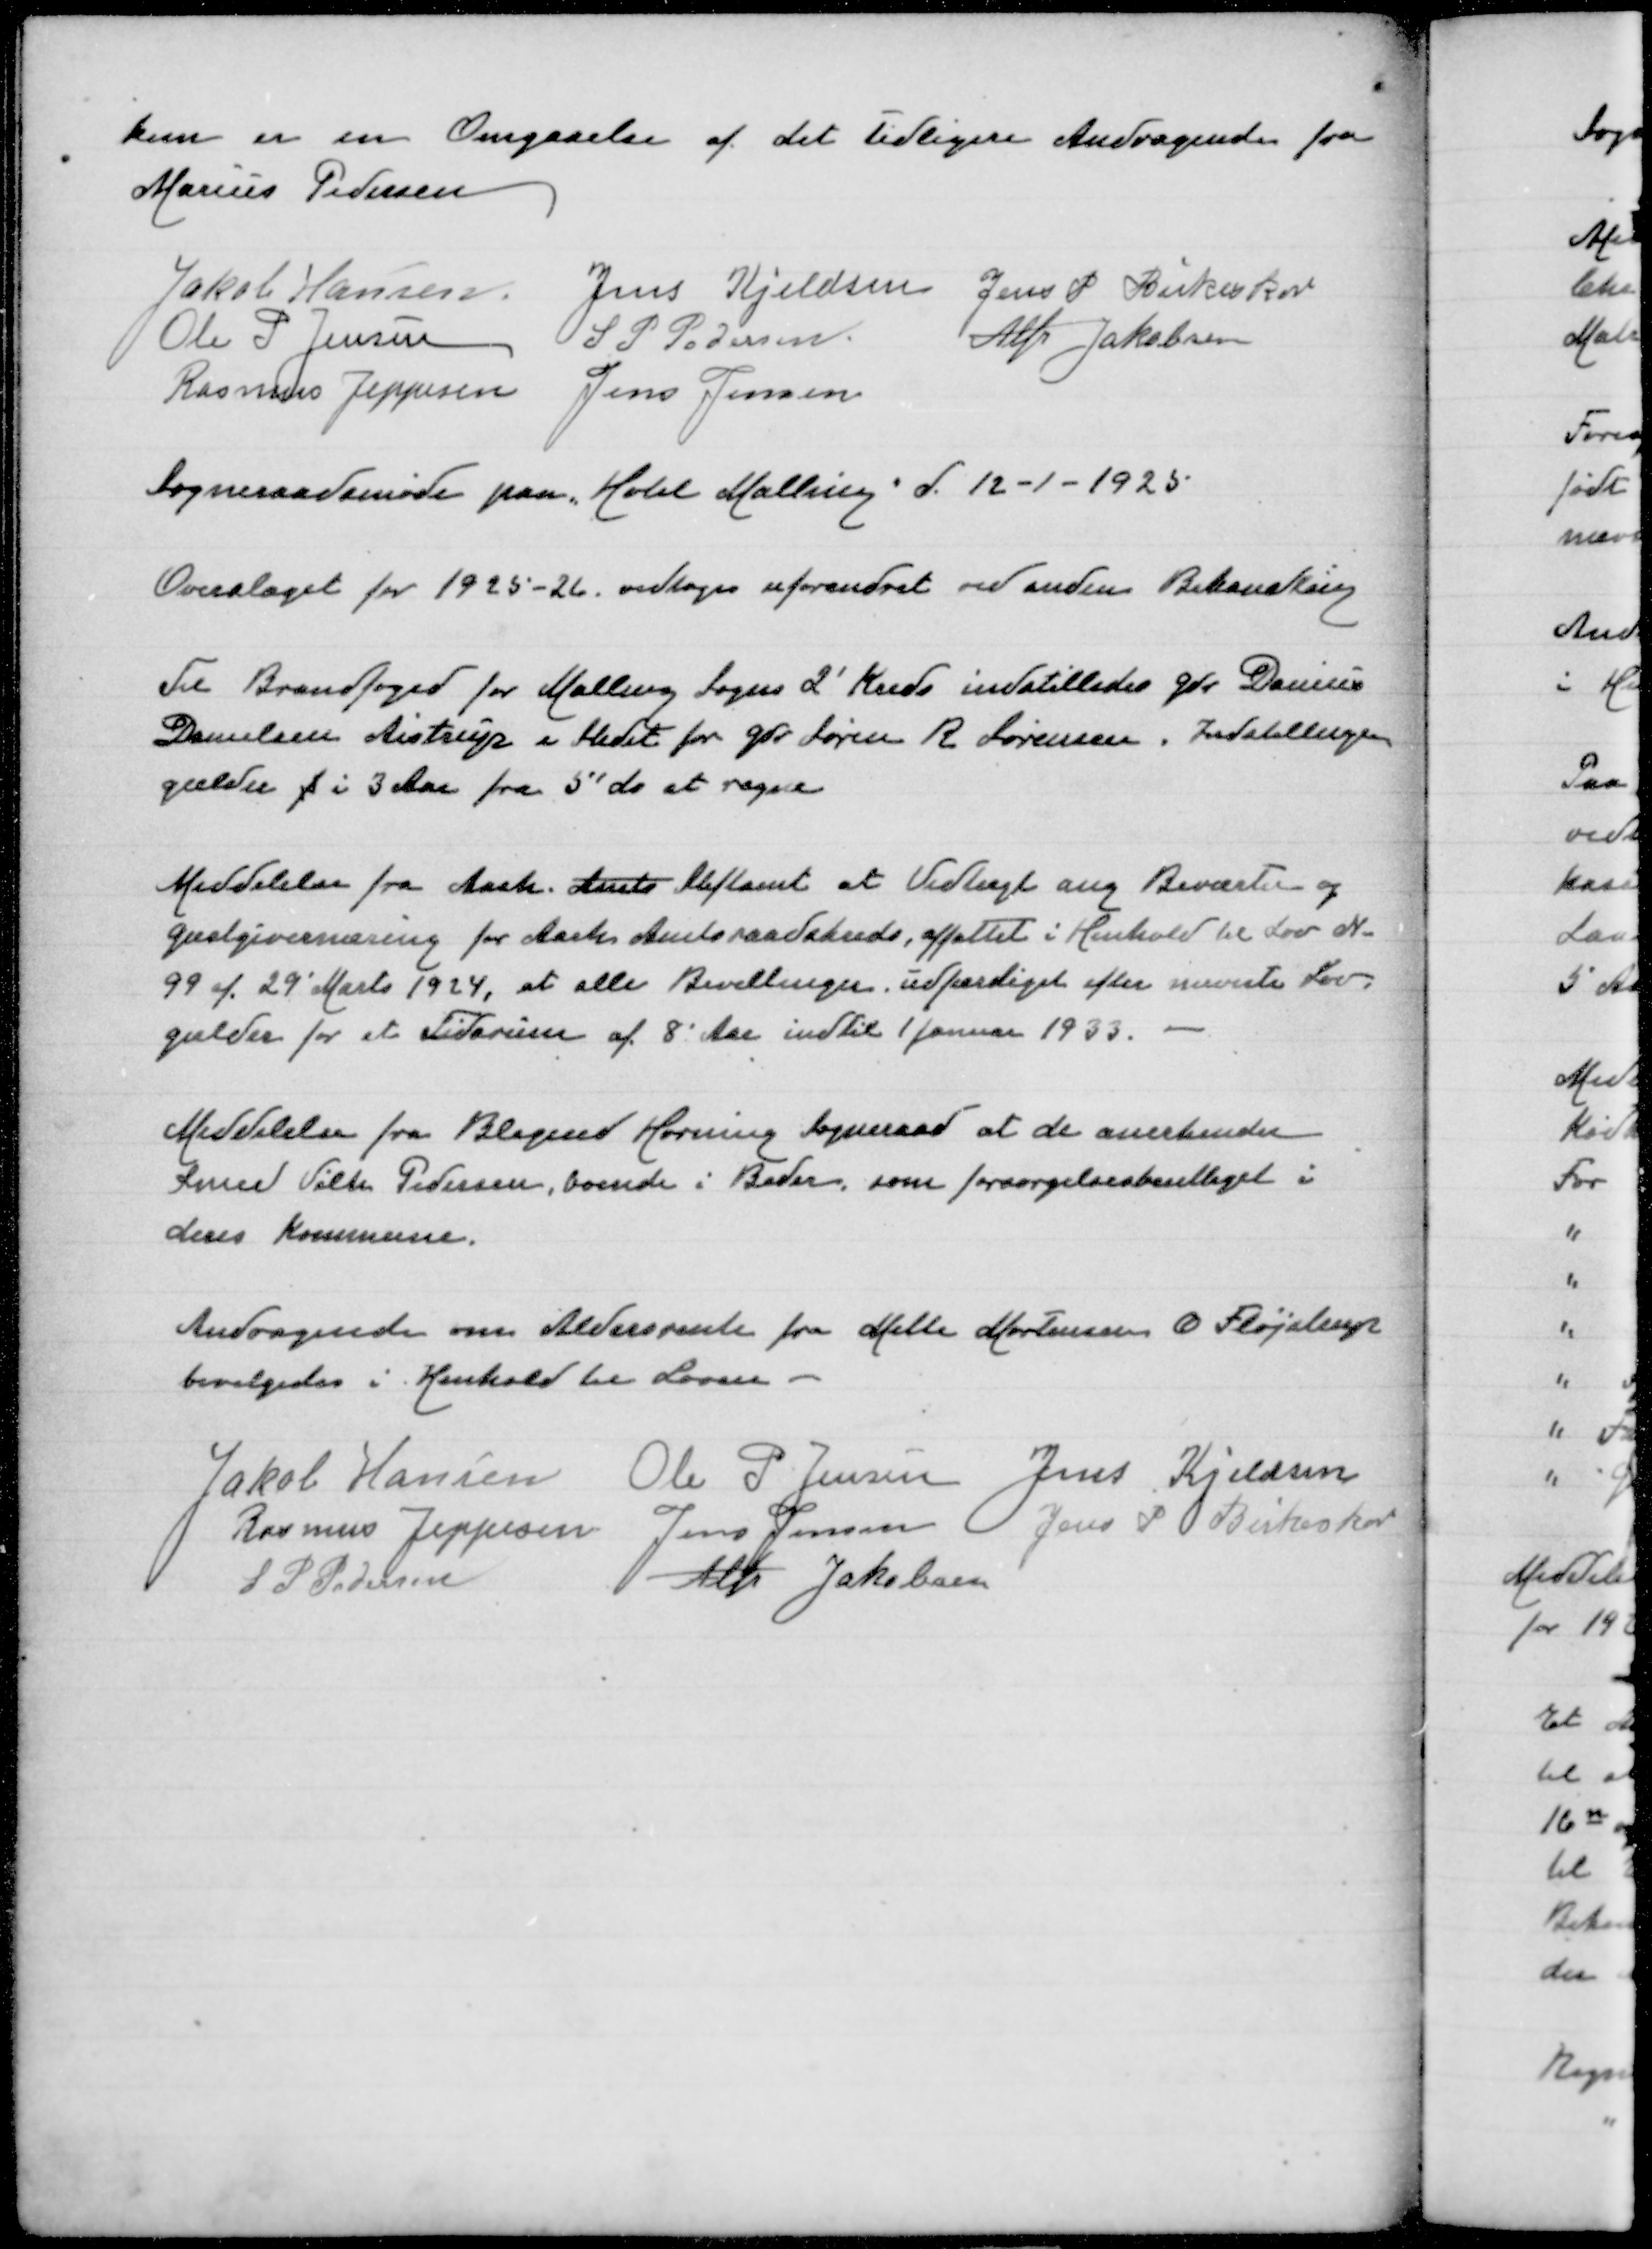
Transskription:
kun er en Omgaaelse af det tidligere Andragende fra
Marius Pedersen

Jakob Hansen
Jens Kjeldsen
Jens P Birkeskov
Ole P Jensen
S P Pedersen
Alfr Jakobsen
Rasmus Jeppesen
Jens Jensen
Sogneraadsmøde paa Hotel Malling d 12-1-1925

Overslaget for 1925-26 vedtoges uforandret ved anden Behandling

Til Brandfoged for Malling Sogns 2' Kreds indstilledes Gdr Danius
Danielsen Aistrup i Stedet for Gdr Søren R Sørensen. Indstillingen
gælder f i 3 Aar fra 5' ds at regne

Meddelelse fra Aarh Amts Stiftamt at Vedtægt ang  Beværter- og
Gæstgivernæring for Aarh Amtsraadskreds, affattet i Henhold til Lon N
99 af 29' Marts 1924, at alle Bevillinger udfærdiget efter nævnte Lov
gælder for et Tidsrum af 8 Aar indtil 1 Januar 1933

Meddelelse fra Blegind Hørning Sogneraad at de anerkender
Smed Vilte Pedersen, boende i Beder, som forsørgelsesberettiget i
deres Kommune

Andragende om Aldersrente for Mette Mortensen Ø Fløjstrup
bevilgedes i Henhold til Loven

Jakob Hansen
Ole P Jensen
Jens Kjeldsen
Rasmus Jeppesen
Jens Jensen
Jens P Birkeskov
S P Pedersen
Alfr Jakobsen